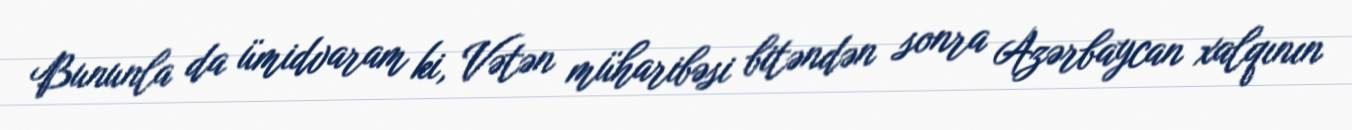
Bununla da ümidvaram ki, Vətən müharibəsi bitəndən sonra Azərbaycan xalqının